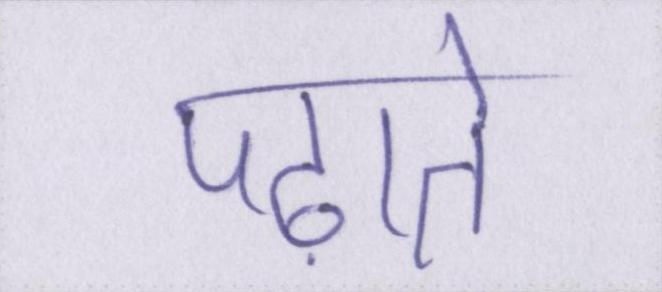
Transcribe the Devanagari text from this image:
पढ़ाते